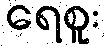
ရေစူး